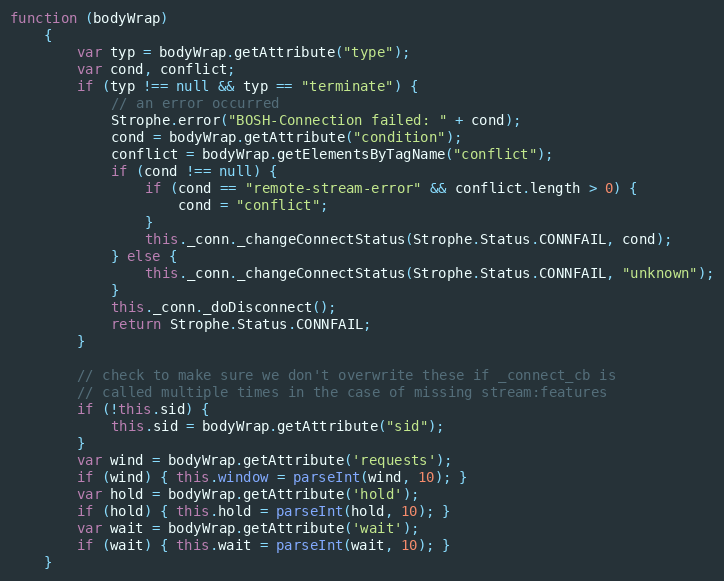
Language: JavaScript
function (bodyWrap)
    {
        var typ = bodyWrap.getAttribute("type");
        var cond, conflict;
        if (typ !== null && typ == "terminate") {
            // an error occurred
            Strophe.error("BOSH-Connection failed: " + cond);
            cond = bodyWrap.getAttribute("condition");
            conflict = bodyWrap.getElementsByTagName("conflict");
            if (cond !== null) {
                if (cond == "remote-stream-error" && conflict.length > 0) {
                    cond = "conflict";
                }
                this._conn._changeConnectStatus(Strophe.Status.CONNFAIL, cond);
            } else {
                this._conn._changeConnectStatus(Strophe.Status.CONNFAIL, "unknown");
            }
            this._conn._doDisconnect();
            return Strophe.Status.CONNFAIL;
        }

        // check to make sure we don't overwrite these if _connect_cb is
        // called multiple times in the case of missing stream:features
        if (!this.sid) {
            this.sid = bodyWrap.getAttribute("sid");
        }
        var wind = bodyWrap.getAttribute('requests');
        if (wind) { this.window = parseInt(wind, 10); }
        var hold = bodyWrap.getAttribute('hold');
        if (hold) { this.hold = parseInt(hold, 10); }
        var wait = bodyWrap.getAttribute('wait');
        if (wait) { this.wait = parseInt(wait, 10); }
    }